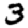
Digit: 3